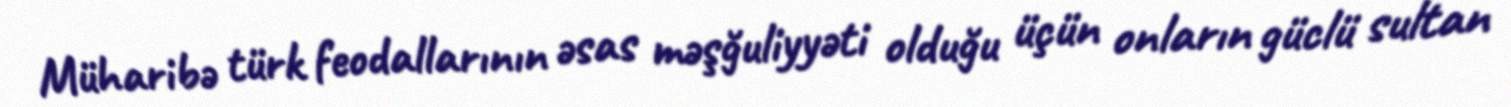
Müharibə türk feodallarının əsas məşğuliyyəti olduğu üçün onların güclü sultan